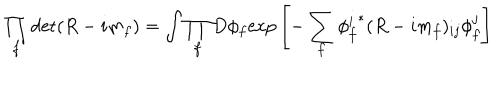
\prod _ { f } \det ( R - i m _ { f } ) = \int \prod _ { f } D \phi _ { f } \mathrm { e x p } \left[ - \sum _ { f } { \phi _ { f } ^ { i } } ^ { * } ( R - i m _ { f } ) _ { i j } \phi _ { f } ^ { j } \right]